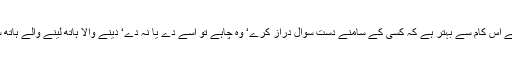
یہ اس کے لئے اس کام سے بہتر ہے کہ کسی کے سامنے دست سوال دراز کرے‘ وہ چاہے تو اسے دے یا نہ دے‘ دینے والا ہاتھ لینے والے ہاتھ سے بہتر ہے۔